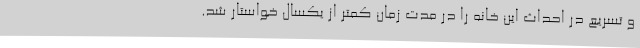
و تسریع در احداث این خانه را در مدت زمان کمتر از یکسال خواستار شد.